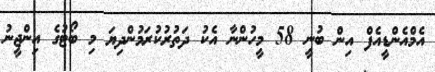
އެމްއެންޑީއެފް އިން ބުނީ 58 މީހުންނާ އެކު ދަތުރުކުރަމުންދިޔަ މި ބޯޓުގެ އިންޖީނު